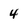
Character: 4